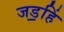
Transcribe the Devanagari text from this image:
जड॒हिं